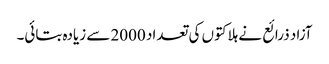
آزاد ذرائع نے ہلاکتوں کی تعداد 2000 سے زیادہ بتائی۔